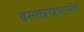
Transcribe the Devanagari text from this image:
बसवन्नाप्रधानमंत्री